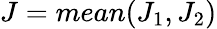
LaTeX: J=mean(J_{1},J_{2})